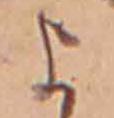
よ